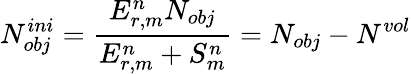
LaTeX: N_{obj}^{ini}=\frac{E_{r,m}^{n}N_{obj}}{E_{r,m}^{n}+S_{m}^{n}}=N_{obj}-N^{vol}